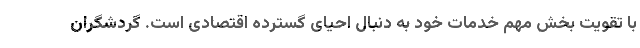
با تقویت بخش مهم خدمات خود به دنبال احیای گسترده اقتصادی است. گردشگران